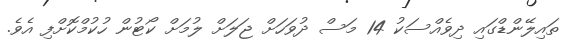
ތައިލޭންޑްގައި ދިވެއްސަކު 14 މަސް ދުވަހަށް ޖަލަށް ލުމަށް ކޯޓުން ހުކުމްކޮށްފި އެވެ.